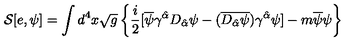
{ \cal S } [ e , \psi ] = \int d ^ { 4 } x \sqrt { g } \left\{ \frac { i } { 2 } [ \overline { { \psi } } \gamma ^ { \hat { \alpha } } D _ { \hat { \alpha } } \psi - ( \overline { { D _ { \hat { \alpha } } \psi } } ) \gamma ^ { \hat { \alpha } } \psi ] - m \overline { { \psi } } \psi \right\}